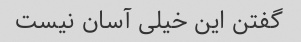
گفتن این خیلی آسان نیست